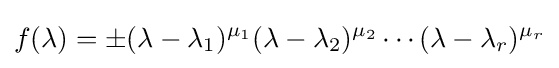
f(\lambda )=\pm (\lambda -\lambda _{1})^{\mu _{1}}(\lambda -\lambda _{2})^{\mu _{2}}\cdots (\lambda -\lambda _{r})^{\mu _{r}}